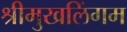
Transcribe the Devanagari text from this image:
श्रीमुखलिंगम